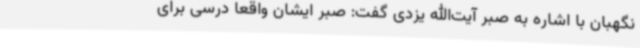
نگهبان با اشاره به صبر آیت‌الله یزدی گفت: صبر ایشان واقعاً درسی برای